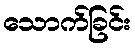
သောက်ခြင်း